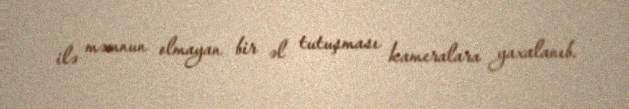
ilə məmnun olmayan bir əl tutuşması kameralara yaxalanıb.